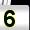
Digit: 5